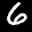
Digit: 6